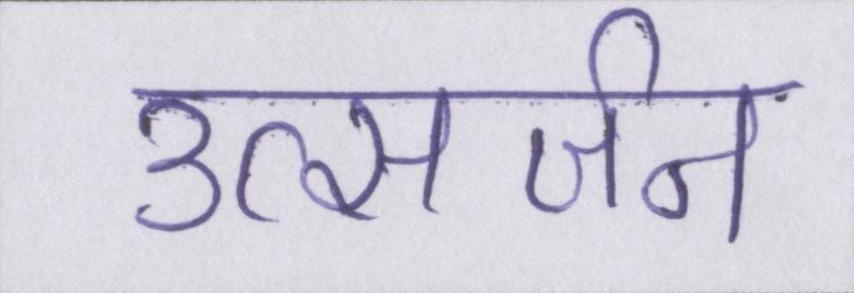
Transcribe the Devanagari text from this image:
उत्सर्जन